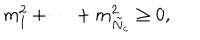
m _ { 1 } ^ { 2 } + \cdots + m _ { \tilde { N } _ { c } } ^ { 2 } \geq 0 ,